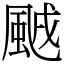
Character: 䬄